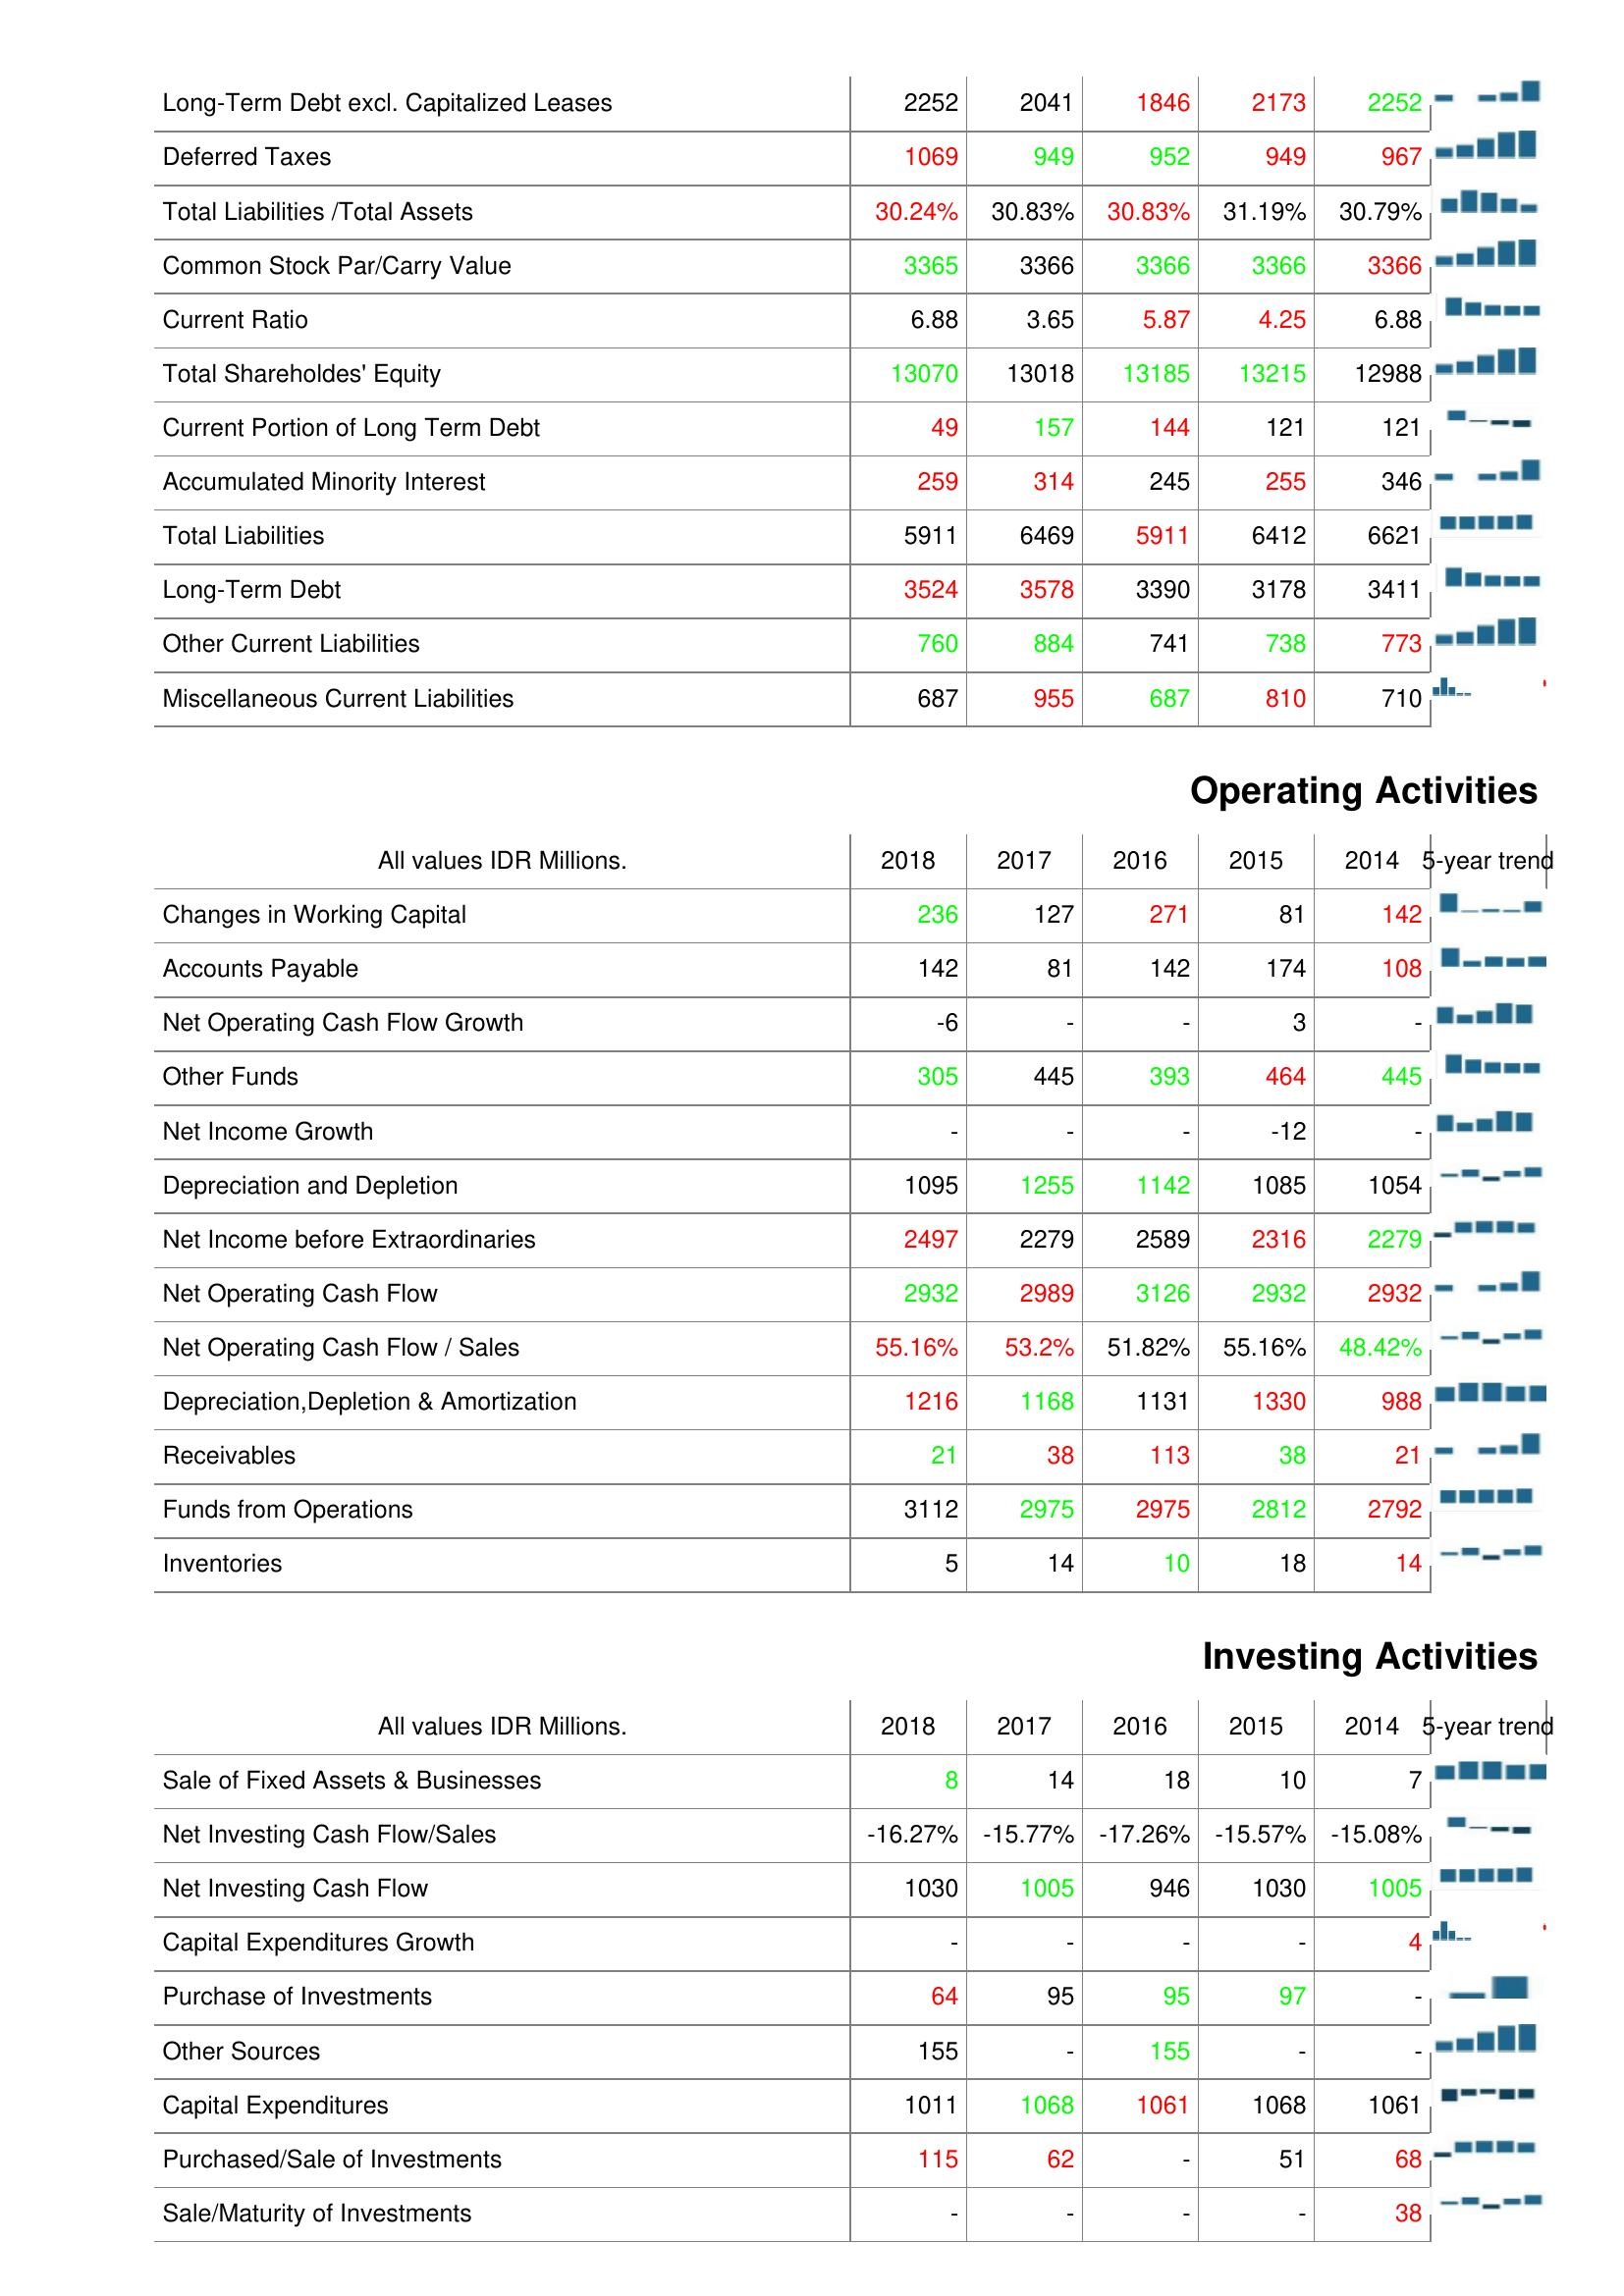
2018: Liabilities & Shareholder's Equity: Long-Term Debt excl. Capitalized Leases: 2252
Deferred Taxes: 1069
Total Liabilities /Total Assets: 30.24%
Common Stock Par/Carry Value: 3365
Current Ratio: 6.88
Total Shareholdes' Equity: 13070
Current Portion of Long Term Debt: 49
Accumulated Minority Interest: 259
Total Liabilities: 5911
Long-Term Debt: 3524
Other Current Liabilities: 760
Miscellaneous Current Liabilities: 687
Operating Activities: Changes in Working Capital: 236
Accounts Payable: 142
Net Operating Cash Flow Growth: -6
Other Funds: 305
Net Income Growth: -
Depreciation and Depletion: 1095
Net Income before Extraordinaries: 2497
Net Operating Cash Flow: 2932
Net Operating Cash Flow / Sales: 55.16%
Depreciation,Depletion & Amortization: 1216
Receivables: 21
Funds from Operations: 3112
Inventories: 5
Investing Activities: Sale of Fixed Assets & Businesses: 8
Net Investing Cash Flow/Sales: -16.27%
Net Investing Cash Flow: 1030
Capital Expenditures Growth: -
Purchase of Investments: 64
Other Sources: 155
Capital Expenditures: 1011
Purchased/Sale of Investments: 115
Sale/Maturity of Investments: -
2017: Liabilities & Shareholder's Equity: Long-Term Debt excl. Capitalized Leases: 2041
Deferred Taxes: 949
Total Liabilities /Total Assets: 30.83%
Common Stock Par/Carry Value: 3366
Current Ratio: 3.65
Total Shareholdes' Equity: 13018
Current Portion of Long Term Debt: 157
Accumulated Minority Interest: 314
Total Liabilities: 6469
Long-Term Debt: 3578
Other Current Liabilities: 884
Miscellaneous Current Liabilities: 955
Operating Activities: Changes in Working Capital: 127
Accounts Payable: 81
Net Operating Cash Flow Growth: -
Other Funds: 445
Net Income Growth: -
Depreciation and Depletion: 1255
Net Income before Extraordinaries: 2279
Net Operating Cash Flow: 2989
Net Operating Cash Flow / Sales: 53.2%
Depreciation,Depletion & Amortization: 1168
Receivables: 38
Funds from Operations: 2975
Inventories: 14
Investing Activities: Sale of Fixed Assets & Businesses: 14
Net Investing Cash Flow/Sales: -15.77%
Net Investing Cash Flow: 1005
Capital Expenditures Growth: -
Purchase of Investments: 95
Other Sources: -
Capital Expenditures: 1068
Purchased/Sale of Investments: 62
Sale/Maturity of Investments: -
2016: Liabilities & Shareholder's Equity: Long-Term Debt excl. Capitalized Leases: 1846
Deferred Taxes: 952
Total Liabilities /Total Assets: 30.83%
Common Stock Par/Carry Value: 3366
Current Ratio: 5.87
Total Shareholdes' Equity: 13185
Current Portion of Long Term Debt: 144
Accumulated Minority Interest: 245
Total Liabilities: 5911
Long-Term Debt: 3390
Other Current Liabilities: 741
Miscellaneous Current Liabilities: 687
Operating Activities: Changes in Working Capital: 271
Accounts Payable: 142
Net Operating Cash Flow Growth: -
Other Funds: 393
Net Income Growth: -
Depreciation and Depletion: 1142
Net Income before Extraordinaries: 2589
Net Operating Cash Flow: 3126
Net Operating Cash Flow / Sales: 51.82%
Depreciation,Depletion & Amortization: 1131
Receivables: 113
Funds from Operations: 2975
Inventories: 10
Investing Activities: Sale of Fixed Assets & Businesses: 18
Net Investing Cash Flow/Sales: -17.26%
Net Investing Cash Flow: 946
Capital Expenditures Growth: -
Purchase of Investments: 95
Other Sources: 155
Capital Expenditures: 1061
Purchased/Sale of Investments: -
Sale/Maturity of Investments: -
2015: Liabilities & Shareholder's Equity: Long-Term Debt excl. Capitalized Leases: 2173
Deferred Taxes: 949
Total Liabilities /Total Assets: 31.19%
Common Stock Par/Carry Value: 3366
Current Ratio: 4.25
Total Shareholdes' Equity: 13215
Current Portion of Long Term Debt: 121
Accumulated Minority Interest: 255
Total Liabilities: 6412
Long-Term Debt: 3178
Other Current Liabilities: 738
Miscellaneous Current Liabilities: 810
Operating Activities: Changes in Working Capital: 81
Accounts Payable: 174
Net Operating Cash Flow Growth: 3
Other Funds: 464
Net Income Growth: -12
Depreciation and Depletion: 1085
Net Income before Extraordinaries: 2316
Net Operating Cash Flow: 2932
Net Operating Cash Flow / Sales: 55.16%
Depreciation,Depletion & Amortization: 1330
Receivables: 38
Funds from Operations: 2812
Inventories: 18
Investing Activities: Sale of Fixed Assets & Businesses: 10
Net Investing Cash Flow/Sales: -15.57%
Net Investing Cash Flow: 1030
Capital Expenditures Growth: -
Purchase of Investments: 97
Other Sources: -
Capital Expenditures: 1068
Purchased/Sale of Investments: 51
Sale/Maturity of Investments: -
2014: Liabilities & Shareholder's Equity: Long-Term Debt excl. Capitalized Leases: 2252
Deferred Taxes: 967
Total Liabilities /Total Assets: 30.79%
Common Stock Par/Carry Value: 3366
Current Ratio: 6.88
Total Shareholdes' Equity: 12988
Current Portion of Long Term Debt: 121
Accumulated Minority Interest: 346
Total Liabilities: 6621
Long-Term Debt: 3411
Other Current Liabilities: 773
Miscellaneous Current Liabilities: 710
Operating Activities: Changes in Working Capital: 142
Accounts Payable: 108
Net Operating Cash Flow Growth: -
Other Funds: 445
Net Income Growth: -
Depreciation and Depletion: 1054
Net Income before Extraordinaries: 2279
Net Operating Cash Flow: 2932
Net Operating Cash Flow / Sales: 48.42%
Depreciation,Depletion & Amortization: 988
Receivables: 21
Funds from Operations: 2792
Inventories: 14
Investing Activities: Sale of Fixed Assets & Businesses: 7
Net Investing Cash Flow/Sales: -15.08%
Net Investing Cash Flow: 1005
Capital Expenditures Growth: 4
Purchase of Investments: -
Other Sources: -
Capital Expenditures: 1061
Purchased/Sale of Investments: 68
Sale/Maturity of Investments: 38